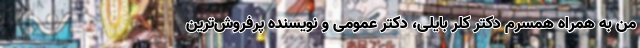
من به همراه همسرم دکتر کلر بایلی، دکتر عمومی و نویسنده پرفروش‌ترین